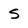
Character: s